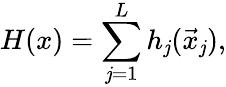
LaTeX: H(x)=\sum_{\mathit{j}=1}^{L}h_{\mathit{j}}(\vec{{x}}_{\mathit{j}}),